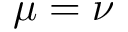
\mu = \nu